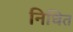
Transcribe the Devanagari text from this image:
निधित